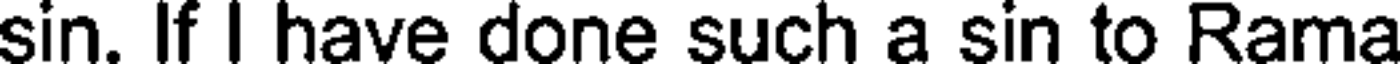
sin. If I have done such a sin to Rama